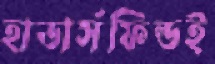
হাডার্সফিল্ডই